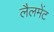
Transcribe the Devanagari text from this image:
लैलमेंट